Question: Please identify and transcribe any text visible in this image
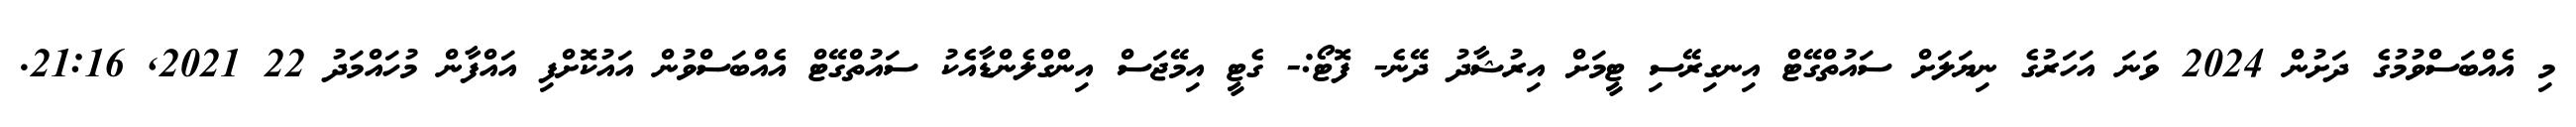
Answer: މި އެއްބަސްވުމުގެ ދަށުން 2024 ވަނަ އަހަރުގެ ނިޔަލަށް ސައުތްގޭޓް އިނގިރޭސި ޓީމަށް އިރުޝާދު ދޭނެ- ފޮޓޯ:- ގެޓީ އިމޭޖަސް އިންގްލެންޑާއެކު ސައުތްގޭޓް އެއްބަސްވުން އައުކޮށްފި އައްފާން މުހައްމަދު 22 2021, 21:16.